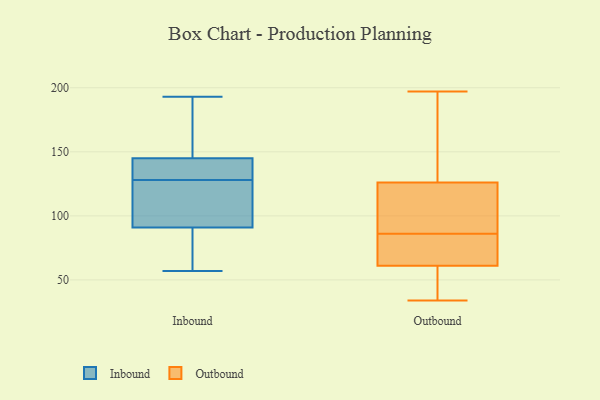
{"axis": {"x": "Demand Index", "y": "Value"}, "legend": ["Inbound", "Outbound"], "data": [{"x": "", "y": 94, "type": "Inbound"}, {"x": "", "y": 130, "type": "Inbound"}, {"x": "", "y": 126, "type": "Inbound"}, {"x": "", "y": 152, "type": "Inbound"}, {"x": "", "y": 89, "type": "Inbound"}, {"x": "", "y": 145, "type": "Inbound"}, {"x": "", "y": 91, "type": "Inbound"}, {"x": "", "y": 57, "type": "Inbound"}, {"x": "", "y": 132, "type": "Inbound"}, {"x": "", "y": 193, "type": "Inbound"}, {"x": "", "y": 119, "type": "Outbound"}, {"x": "", "y": 170, "type": "Outbound"}, {"x": "", "y": 101, "type": "Outbound"}, {"x": "", "y": 197, "type": "Outbound"}, {"x": "", "y": 83, "type": "Outbound"}, {"x": "", "y": 126, "type": "Outbound"}, {"x": "", "y": 89, "type": "Outbound"}, {"x": "", "y": 74, "type": "Outbound"}, {"x": "", "y": 61, "type": "Outbound"}, {"x": "", "y": 34, "type": "Outbound"}, {"x": "", "y": 48, "type": "Outbound"}, {"x": "", "y": 59, "type": "Outbound"}, {"x": "", "y": 156, "type": "Outbound"}, {"x": "", "y": 71, "type": "Outbound"}]}